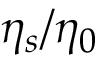
\eta _ { s } / \eta _ { 0 }